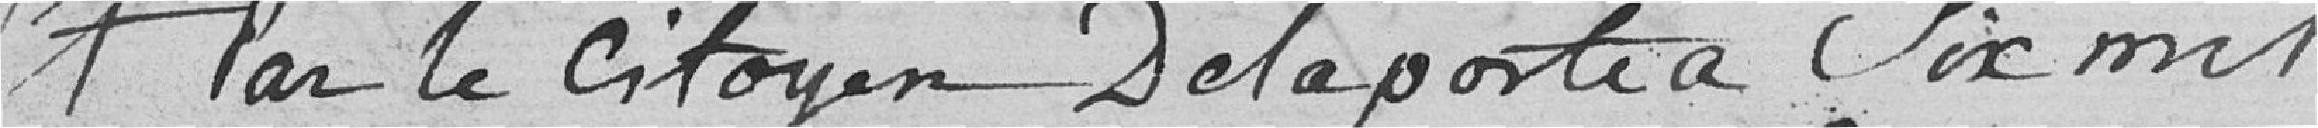
Et par le citoyen Delaporte sic mil